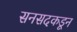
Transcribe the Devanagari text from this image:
सनसदकडून